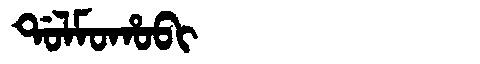
Manchu: ᡩᠣᠯᠮᠣᡥᠣᠪᡳ
Romanization: DOLMOHOBI